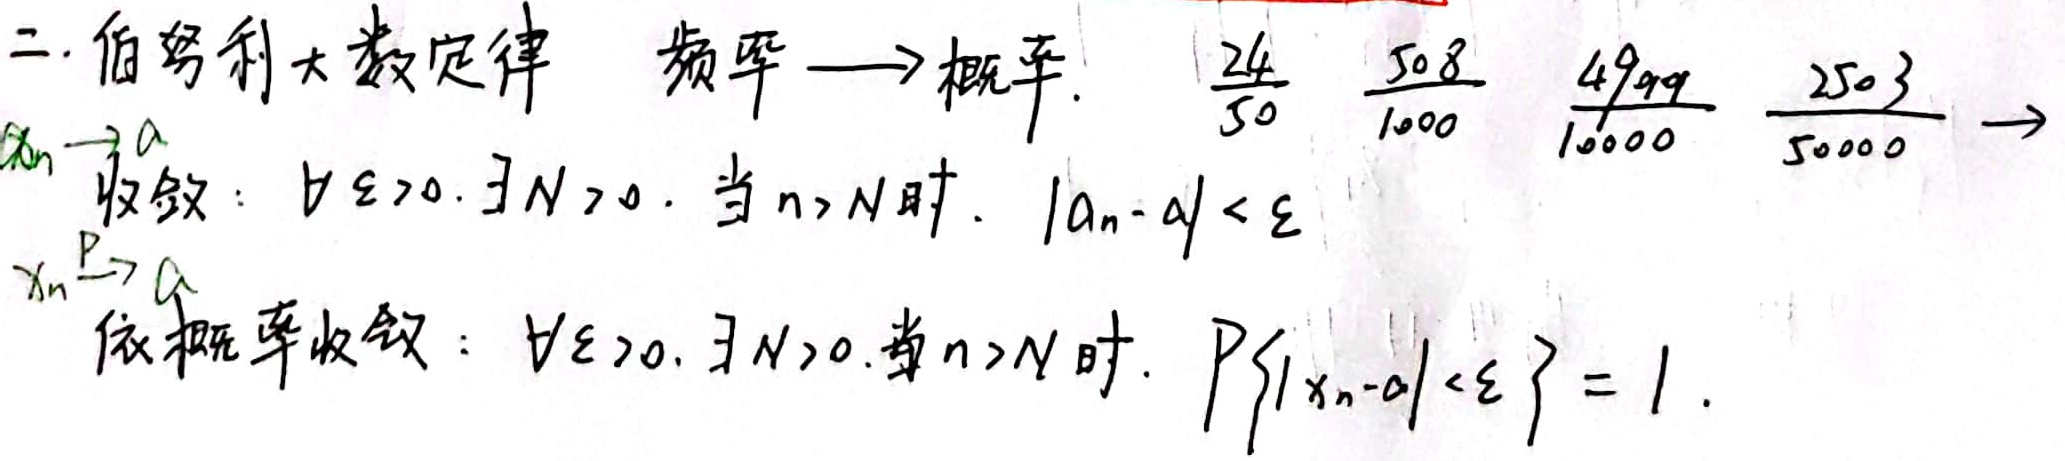
二.伯努利大数定律 频率$\longrightarrow$概率.

$\frac{24}{50}$，$\frac{508}{1000}$，$\frac{4999}{10000}$，$\frac{2503}{50000}\longrightarrow$

$a_n\rightarrow a$收敛：$\forall\varepsilon>0,\exists N>0$. 当$n > N$时，$|a_n - a|<\varepsilon$

$X_n\overset{P}{\rightarrow}a$依概率收敛：$\forall\varepsilon>0,\exists N>0$.当$n > N$时，$P\{|X_n - a|<\varepsilon\}=1$.